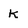
Character: k